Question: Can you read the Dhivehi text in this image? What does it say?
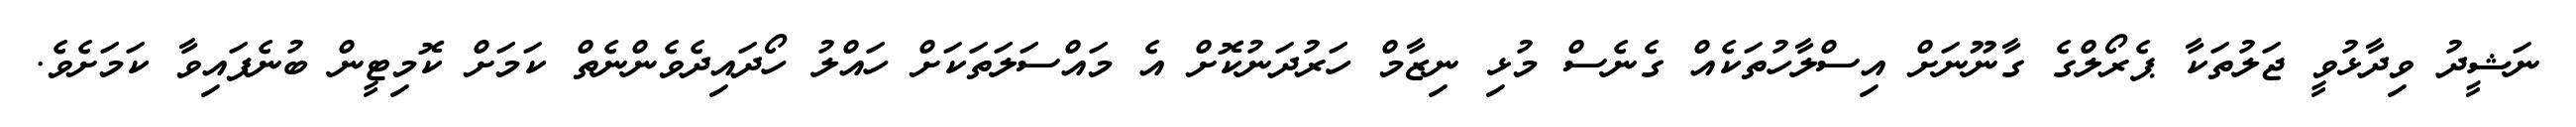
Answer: ނަޝީދު ވިދާޅުވީ ޖަލުތަކާ ޕެރޯލްގެ ގާނޫނަށް އިސްލާހުތަކެއް ގެނެސް މުޅި ނިޒާމް ހަރުދަނުކޮށް އެ މައްސަލަތަކަށް ހައްލު ހޯދައިދެވެންނެތް ކަމަށް ކޮމިޓީން ބުނެފައިވާ ކަމަށެވެ.